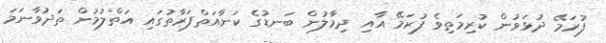
ފުރަމޭ ދުޅަވުން ކުރިމަތިވެ ފުރަމޭ އާއި ދިމާލުން ބަނޑުގެ ކަނާއަތްފަރާތުގައި އަތްލުމުން ތަދުވާނަމަ